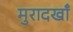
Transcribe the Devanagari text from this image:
मुरादखाँ